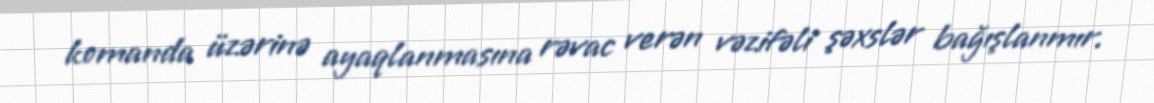
komanda üzərinə ayaqlanmasına rəvac verən vəzifəli şəxslər bağışlanmır.